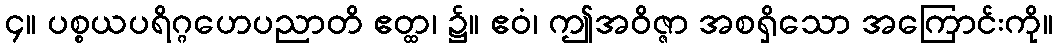
၄။ ပစ္စယပရိဂ္ဂဟေပညာတိ ဧတ္ထ၊ ၌။ ဧဝံ၊ ဤအဝိဇ္ဇာ အစရှိသော အကြောင်းကို။